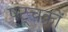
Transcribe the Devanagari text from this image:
षट्चक्रों